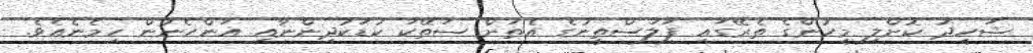
ޝަހީދު ކޮށްލި މީހުންގެ ތެރޭގައި ފަލަސްތީނުގެ އެތަށް ސަތޭކަ ކުޑަކުދިންނާއި އަންހެނުން ހިމެނެއެވެ.